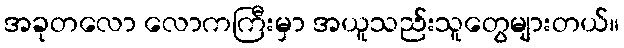
အခုတလော လောကကြီးမှာ အယူသည်းသူတွေများတယ်။